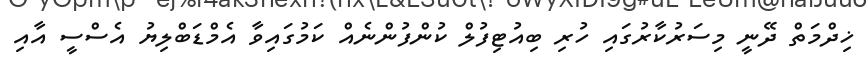
ޚިދްމަތް ދޭނީ މިސަރުކާރުގައި ހުރި ބިއުޓިފުލް ކުންފުންނެއް ކަމުގައިވާ އެމްޑަބްލިޔު އެސްސީ އާއި